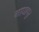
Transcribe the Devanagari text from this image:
माधापुर